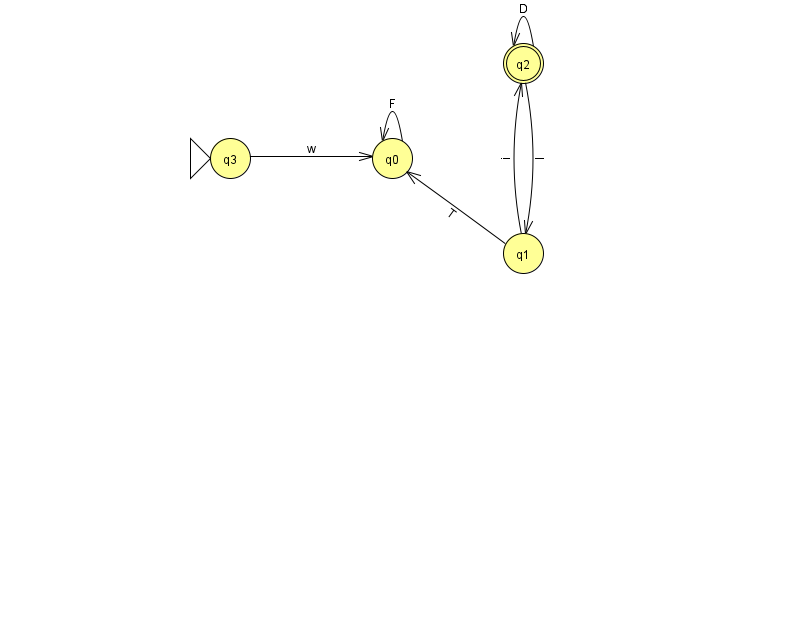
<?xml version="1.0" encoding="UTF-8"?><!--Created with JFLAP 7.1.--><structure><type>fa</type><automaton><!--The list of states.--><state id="0" name="q0"><x>392.0</x><y>145.0</y></state><state id="1" name="q1"><x>523.0</x><y>240.0</y></state><state id="2" name="q2"><x>523.0</x><y>50.0</y><final/></state><state id="3" name="q3"><x>230.0</x><y>145.0</y><initial/></state><!--The list of transitions.--><transition><from>2</from><to>2</to><read>D</read></transition><transition><from>0</from><to>0</to><read>F</read></transition><transition><from>1</from><to>2</to><read>i</read></transition><transition><from>2</from><to>1</to><read>I</read></transition><transition><from>3</from><to>0</to><read>w</read></transition><transition><from>1</from><to>0</to><read>T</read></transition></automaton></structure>